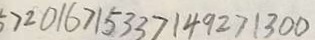
5 > 2 0 1 6 > 1 5 3 3 > 1 4 9 2 > 1 3 0 0